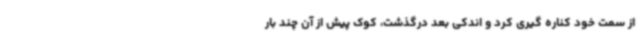
از سمت خود کناره گیری کرد و اندکی بعد درگذشت، کوک پیش از آن چند بار